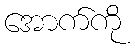
အောက်ကို